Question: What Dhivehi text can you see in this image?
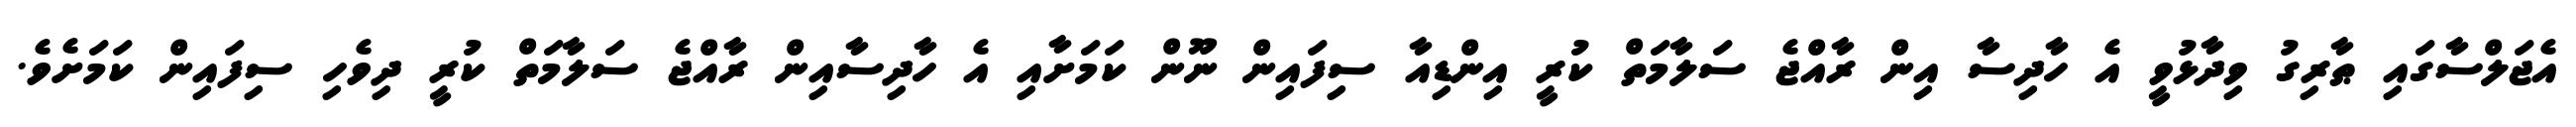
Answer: އެޖަލްސާގައި ޠާރިގު ވިދާޅުވީ އެ ހާދިސާ އިން ރާއްޖެ ސަލާމަތް ކުރީ އިންޑިއާ ސިފައިން ނޫން ކަމަށާއި އެ ހާދިސާއިން ރާއްޖެ ސަލާމަތް ކުރީ ދިވެހި ސިފައިން ކަމަށެވެ.